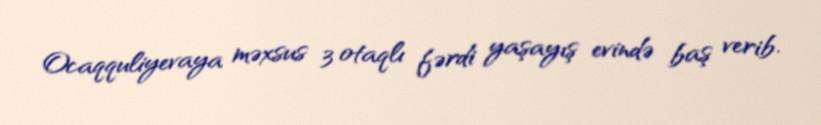
Ocaqquliyevaya məxsus 3 otaqlı fərdi yaşayış evində baş verib.